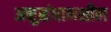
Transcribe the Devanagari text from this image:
अनुसंधानशील